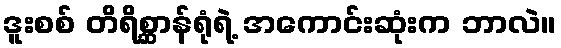
ဒူးစစ် တိရိစ္ဆာန်ရုံရဲ့ အကောင်းဆုံးက ဘာလဲ။